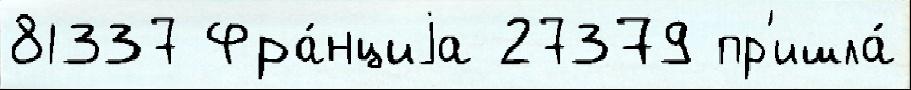
81337 Фра́нциjа 27379 пр'ишла́